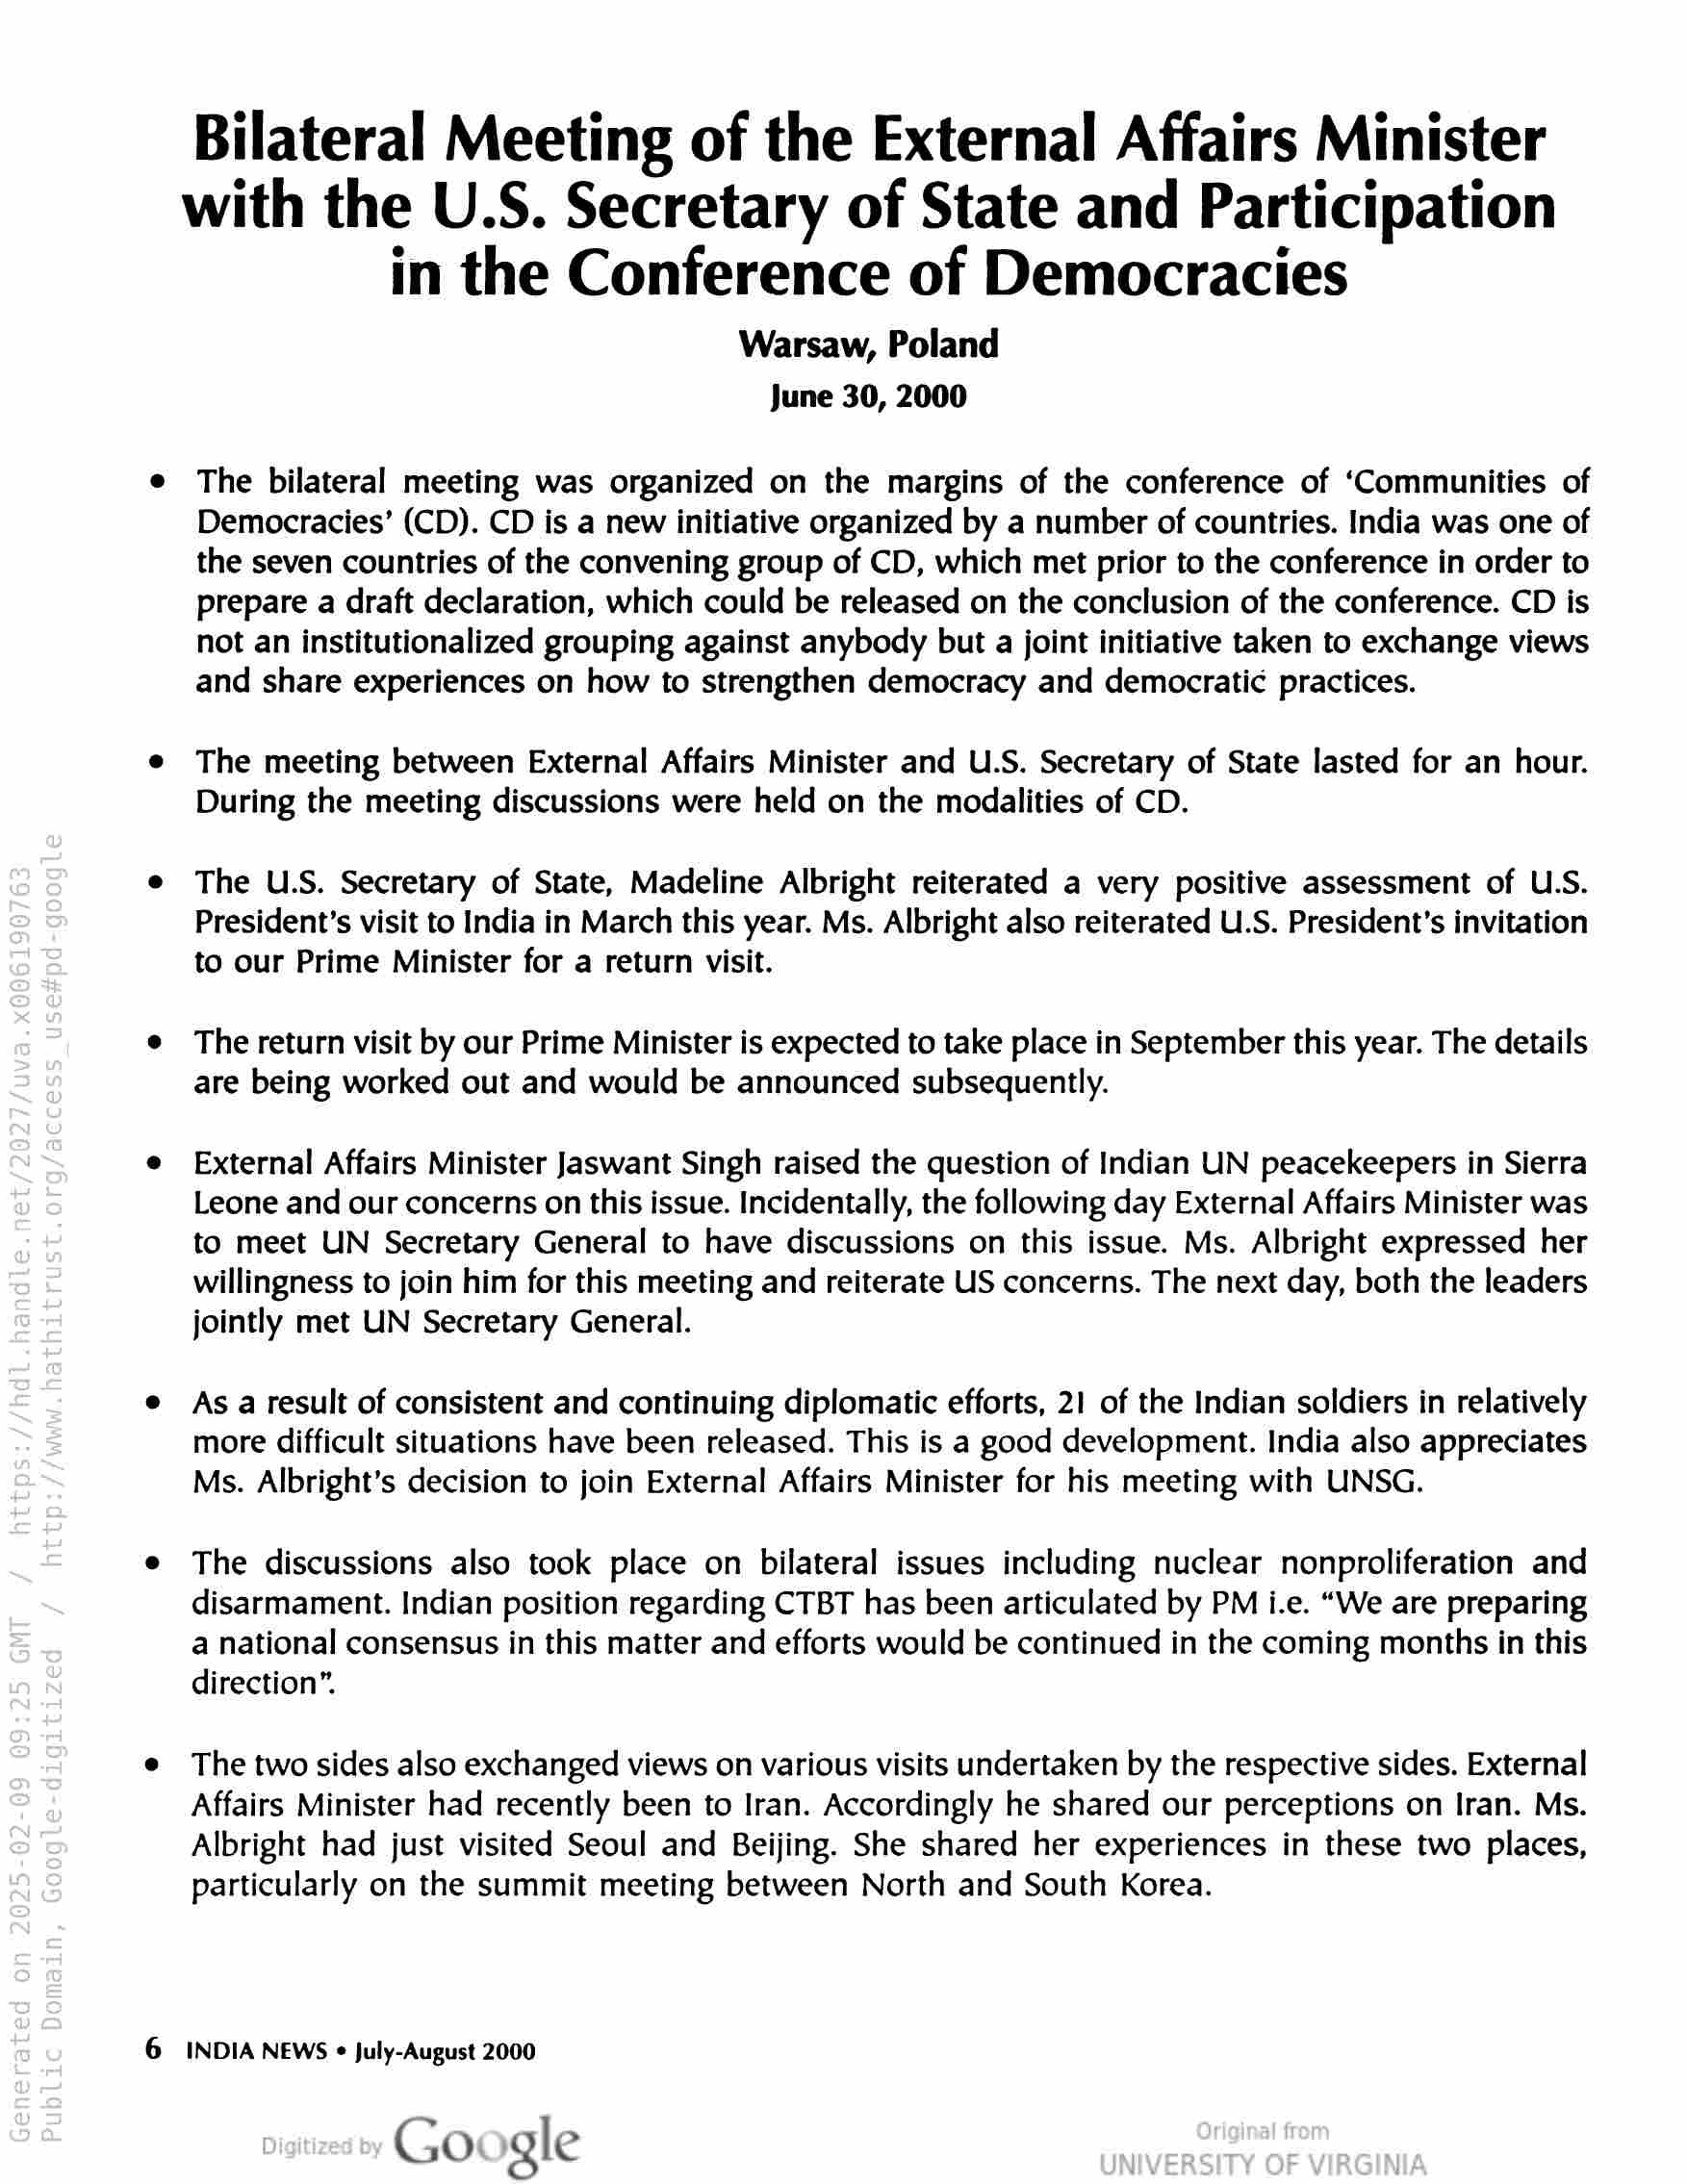
Bilateral Meeting of the External Affairs Minister
with the U.S. Secretary of State and Participation
in the Conference of Democracies

Warsaw, Poland
June 30, 2000

The bilateral meeting was organized on the margins of the conference of ‘Communities of
Democracies’ (CD). CD is a new initiative organized by a number of countries. India was one of
the seven countries of the convening group of CD, which met prior to the conference in order to
prepare a draft declaration, which could be released on the conclusion of the conference. CD is
not an institutionalized grouping against anybody but a joint initiative taken to exchange views
and share experiences on how to strengthen democracy and democratic practices.

The meeting between External Affairs Minister and U.S. Secretary of State lasted for an hour.
During the meeting discussions were held on the modalities of CD.

The U.S. Secretary of State, Madeline Albright reiterated a very positive assessment of U.S.
President’s visit to India in March this year. Ms. Albright also reiterated U.S. President's invitation
to our Prime Minister for a return visit.

The return visit by our Prime Minister is expected to take place in September this year. The details
are being worked out and would be announced subsequently.

External Affairs Minister Jaswant Singh raised the question of Indian UN peacekeepers in Sierra
Leone and our concerns on this issue. Incidentally, the following day External Affairs Minister was
to meet UN Secretary General to have discussions on this issue. Ms. Albright expressed her
willingness to join him for this meeting and reiterate US concerns. The next day, both the leaders
jointly met UN Secretary General.

As a result of consistent and continuing diplomatic efforts, 21 of the Indian soldiers in relatively
more difficult situations have been released. This is a good development. India also appreciates
Ms. Albright’s decision to join External Affairs Minister for his meeting with UNSG.

The discussions also took place on bilateral issues including nuclear nonproliferation and
disarmament. Indian position regarding CTBT has been articulated by PM i.e. “We are preparing
a national consensus in this matter and efforts would be continued in the coming months in this
direction”.

The two sides also exchanged views on various visits undertaken by the respective sides. External
Affairs Minister had recently been to Iran. Accordingly he shared our perceptions on Iran. Ms.

Albright had just visited Seoul and Beijing. She shared her experiences in these two places,
particularly on the summit meeting between North and South Korea.

INDIA NEWS « July-August 2000

Google